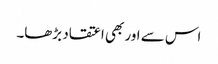
اس سے اور بھی اعتقاد بڑھا۔